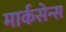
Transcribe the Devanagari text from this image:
मार्कसेन्स